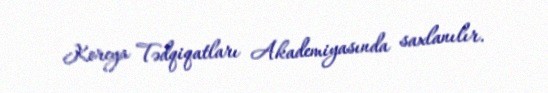
Koreya Tədqiqatları Akademiyasında saxlanılır.